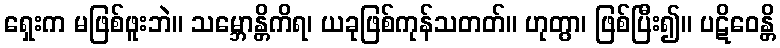
ရှေးက မဖြစ်ဖူးဘဲ။ သမ္ဘောန္တိကိရ၊ ယခုဖြစ်ကုန်သတတ်။ ဟုတွာ၊ ဖြစ်ပြီး၍။ ပဋိဝေန္တိ